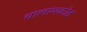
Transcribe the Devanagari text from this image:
चालामकोड